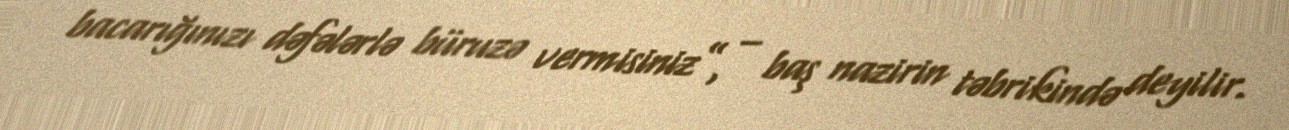
bacarığınızı dəfələrlə büruzə vermisiniz”, – baş nazirin təbrikində deyilir.